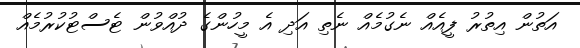
އަތުން އިތުރު ފީއެއް ނެގުމެއް ނެތި އަދި އެ މީހުންގެ ދުއްވުން ޓެސްޓުކުރުމެއް